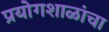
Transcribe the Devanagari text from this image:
प्रयोगशाळांचा